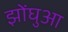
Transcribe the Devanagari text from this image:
झोंघुआ